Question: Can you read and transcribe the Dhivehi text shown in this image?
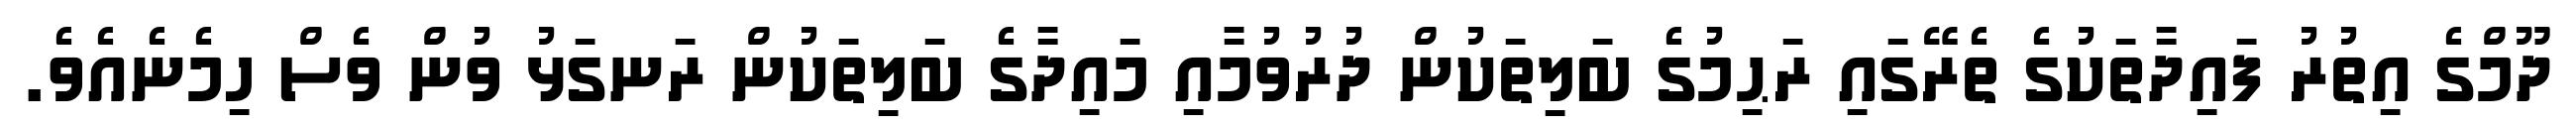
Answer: ދޫމްގެ އިތުރު ފައިދާތަކުގެ ތެރޭގައި ރަޙިމުގެ ބަލިތަކުން ދުރުވުމާއި މައިދާގެ ބަލިތަކުން ރަނގަޅު ވުން ވެސް ހިމެނެއެވެ.